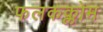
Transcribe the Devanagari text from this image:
फलकक्लोम